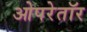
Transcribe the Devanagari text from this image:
ओपरेतॉर